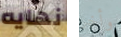
نهايه وأخر